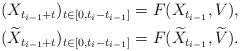
LaTeX: \begin{align*}\begin{aligned}(X_{t_{i-1}+t})_{t\in[0,t_i-t_{i-1}]} & =F(X_{t_{i-1}},V),\\(\widetilde X_{t_{i-1}+t})_{t\in[0,t_i-t_{i-1}]} & =F(\widetilde X_{t_{i-1}},\widetilde V).\end{aligned}\end{align*}